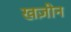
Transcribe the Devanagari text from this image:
खज़ीन